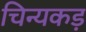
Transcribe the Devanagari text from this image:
चिन्यकड़